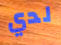
لدي